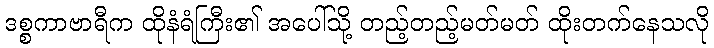
ဒစ္စကာဗာရီက ထိုနံရံကြီး၏ အပေါ်သို့ တည့်တည့်မတ်မတ် ထိုးတက်နေသလို